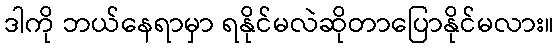
ဒါကို ဘယ်နေရာမှာ ရနိုင်မလဲဆိုတာပြောနိုင်မလား။